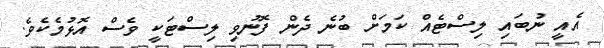
އެއީ ނުބައި ލިސްޓެއް ކަމަށް ބުނެ ދެން ފޮނުވި ލިސްޓަކީ ވެސް އޮޅުމެކެވެ.